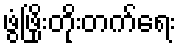
ဖွံဖြိုးတိုးတက်ရေး